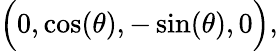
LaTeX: {\Big(}0,\cos(\theta),-\sin(\theta),0{\Big)},